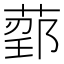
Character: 𬝰